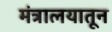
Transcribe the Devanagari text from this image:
मंत्रालयातून